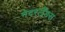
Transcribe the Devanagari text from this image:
नेदरलँडस